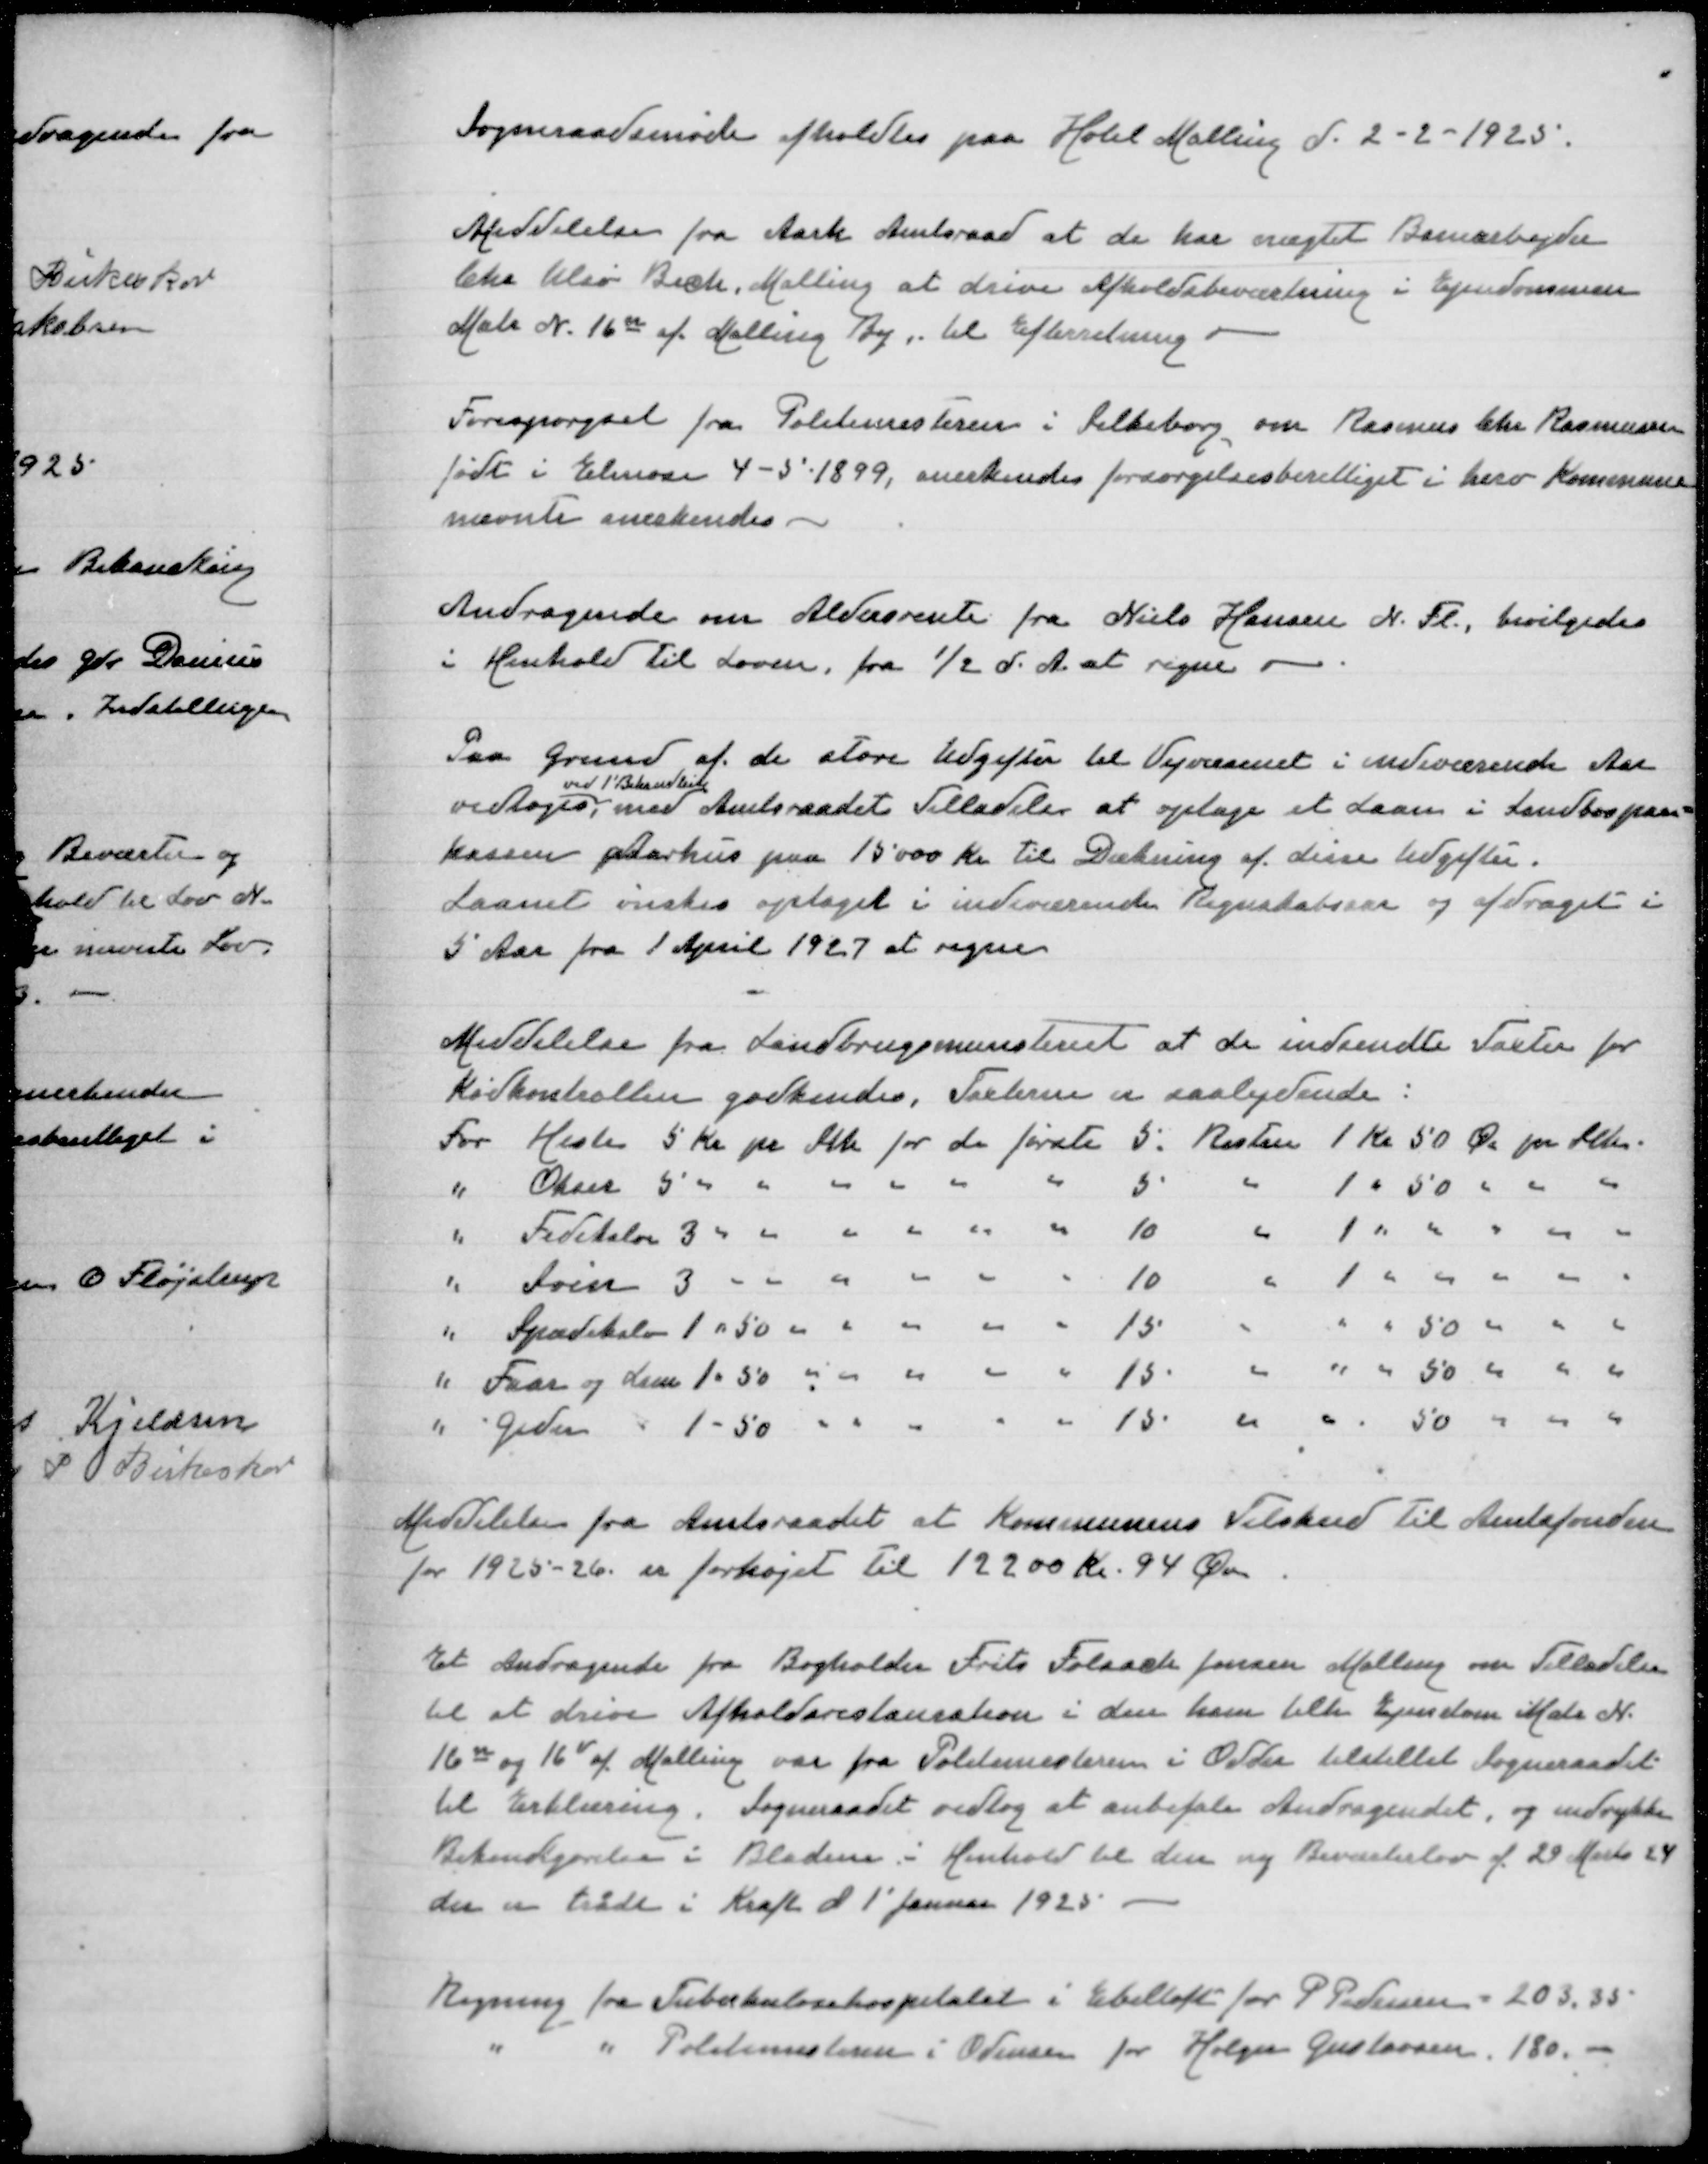
Transskription:
Sogneraadsmøde afholdtes paa Hotel Malling den 2-2-1925

Meddelelse fra Aarh Amtsraad at de har nætet Banearbejder
Chr Ulsø Bech, Malling at drive Afholdsbeværtning i Ejendommen
Matr N 16u af Malling By, til Efterretning

Forespørgsel fra Politimesteren i Silkeborg om Rasmus Chr Rasmussen
født i Elmose 4-5-1899, anerkendes forsørgelsesberettiget i herv Kommune
nævnte anerkendes

Andragende om Aldersrente fra Niels Hansen N Fl, bevilgedes
i Henhold til Loven fra 1/2 d A at regne

Paa Grund af de store Udgifter til Vejvæsenet i indeværende Aar
ved 1' Behandling
vedtoges, med Amtsraadets Tilladelse at optage Laan i Landbospare=
kassen Aarhus paa 15000 Kr til Dækning af disse Udgifter
Laanet ønskes optaget i indeværende Regnskabsaar og afdraget i
5 Aar fra 1 April 1927 at regne

Meddelelse fra Landbrugsministeriet at de indsendte Taxter for
Kødkontrollen godkendes, Taxterne er saalydende:
For Heste 5 Kr pr Stk for de første 5. Resten 1 Kr 50 Øre pr Stk
" Okser 5 " " " " " " 5 " 1 " 50 " " "
" Fedekalv 3 " " " " " " 10 " 1 " " " " "
" Søer 3 " " " " " " 10 " 1 " " " " "
" Spædekalv 1 " 50 " " " " " 15 " " " 50 " " "
" Faar og Lam 1 " 50 " " " " " 15 " " " 50 " " "
" Geder 1 " 50 " " " " " 15 " " " 50 " " "

Meddelelse fra Amtsraadet at Kommunens Tilskud til Amtsfonden
for 1925-26 er forhøjet til 12200 Kr 94 Øre

Et Andragende fra Bogholder Frits Folsack Jensen Malling om Tilladelse
til at drive Afholdsrestauration i den ham tilh Ejendom Matr N
16u og 16v af Mallinger fra Politimesteren i Odder tilsendt Sogneraadet
til Erklæring. Sogneraadet vedtog at anbefale Andragendet og indrykke
Bekendtgørelse i Bladene i Henhold til den ny Beværterlov af 29 Marts 24
der er trådt i Kraft d 1' Januar 1925

Regning fra Tuberkulosehospitalet i Ebeltoft for P Pedersen = 203,35
" " Politimesteren i Odense for Holger Gustavsen 180,-